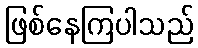
ဖြစ်နေကြပါသည်